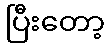
ပြီးတော့